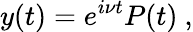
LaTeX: y(t)=e^{i\nu t}P(t)\ ,